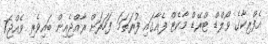
އެފްރިކާގެ ވޯލްޑް ޓްރޭޑް މާކެޓް ފެއާގައި ފުރަތަމަ ފަހަރަށް ރާއްޖެއިން ބައިވެރި ވެއްޖެ7